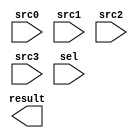
module SEL_PRI_32x4 (
  input      [31:0]   src0,
  input      [31:0]   src1,
  input      [31:0]   src2,
  input      [31:0]   src3,
  input      [3:0]    sel,
  output reg [31:0]   result
);
endmodule